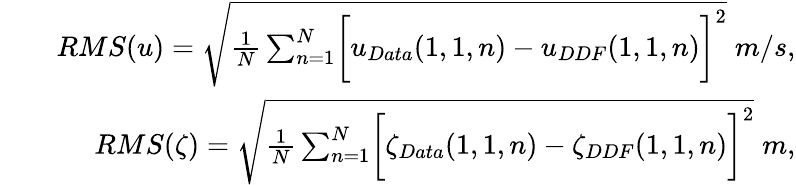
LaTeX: \begin{array}{rlr}&{}&{RMS(u)=\sqrt{\frac{1}{N}\sum_{n=1}^{N}\biggl[u_{Data}(1,1,n)-u_{DDF}(1,1,n)\biggr]^{2}}\; m/s,}\\ &{}&{RMS(\zeta)=\sqrt{\frac{1}{N}\sum_{n=1}^{N}\biggl[\zeta_{Data}(1,1,n)-\zeta_{DDF}(1,1,n)\biggr]^{2}}\; m,}\end{array}